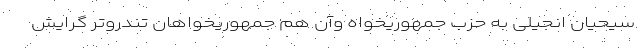
سیحیان انجیلی به حزب جمهوریخواه وآن هم جمهوریخواهان تندروتر گرایش